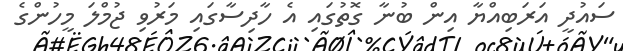
ސައުދީ އަރަބިއްޔާ އިން ބުނާ ގޮތުގައި އެ ހާދިސާގައި މަރުވި ޖުމްލަ މީހުންގެ